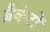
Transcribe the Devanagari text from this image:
ब्रैकेटों